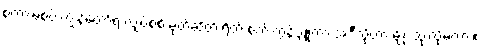
စကားမစပ် ကျွန်တော့်ရဲ့ လျှပ်စစ် မုတ်ဆိတ် ရိတ် စက် ကွန်ပျူတာ အဲဒီလိုဟာ မျိုး သုံးလို့မလား။